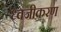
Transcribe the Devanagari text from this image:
ध्वजीकरण